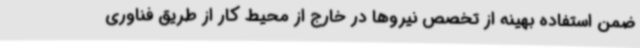
ضمن استفاده بهینه از تخصص نیروها در خارج از محیط کار از طریق فناوری